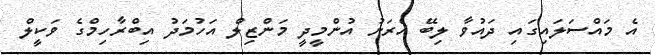
އެ މައްސަލައިގައި ދައުވާ ލިބޭ އެރަށު އުންމީދީ މަންޒިލް އަހުމަދު އިބްރާހިމްގެ ވަކީލް